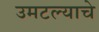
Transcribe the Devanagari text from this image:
उमटल्याचे